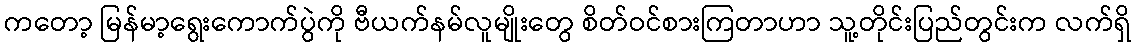
ကတော့ မြန်မာ့ရွေးကောက်ပွဲကို ဗီယက်နမ်လူမျိုးတွေ စိတ်ဝင်စားကြတာဟာ သူ့တိုင်းပြည်တွင်းက လက်ရှိ